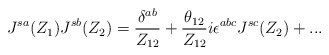
\begin{align*}J^{sa} (Z_1) J^{sb}(Z_2) = \frac{\delta^{ab}}{Z_{12}}+ \frac{\theta_{12}}{Z_{12}}i\epsilon^{abc} J^{sc}(Z_2) + ...\end{align*}